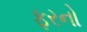
ફરનો